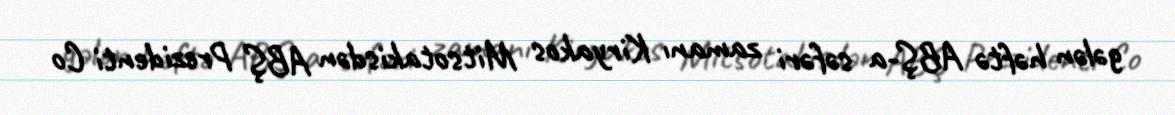
gələn həftə ABŞ-a səfəri zamanı Kiryakos Mitsotakisdən ABŞ Prezidenti Co